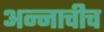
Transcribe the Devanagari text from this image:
अन्नाचीच